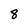
Character: 8